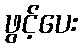
ဖွင့်ပေး